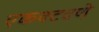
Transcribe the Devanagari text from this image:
एकवटवणे